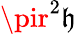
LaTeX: \pir^{2}\mathfrak{h}